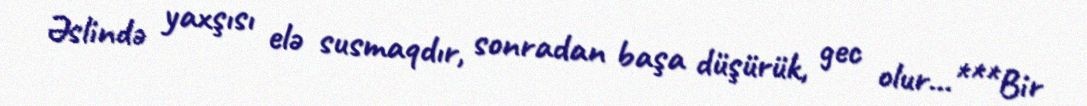
Əslində yaxşısı elə susmaqdır, sonradan başa düşürük, gec olur...***Bir